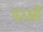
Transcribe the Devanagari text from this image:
परस्री